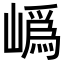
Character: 𭗛